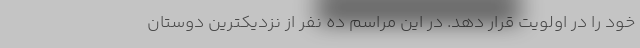
خود را در اولویت قرار دهد. در این مراسم ده نفر از نزدیکترین دوستان